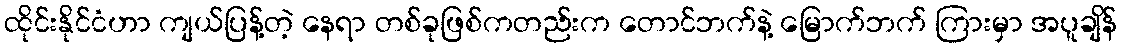
ထိုင်းနိုင်ငံဟာ ကျယ်ပြန့်တဲ့ နေရာ တစ်ခုဖြစ်ကတည်းက တောင်ဘက်နဲ့ မြောက်ဘက် ကြားမှာ အပူချိန်